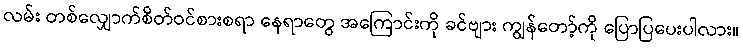
လမ်း တစ်လျှောက်စိတ်ဝင်စားစရာ နေရာတွေ အကြောင်းကို ခင်ဗျား ကျွန်တော့်ကို ပြောပြပေးပါလား။